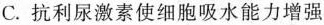
C.抗利尿激素使细胞吸水能力增强